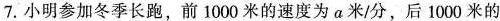
7.小明参加冬季长跑，前1000米的速度为a米/分，后1000米的